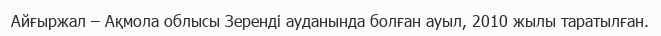
Айғыржал – Ақмола облысы Зеренді ауданында болған ауыл, 2010 жылы таратылған.